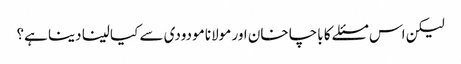
لیکن اس مسئلے کا باچا خان اور مولانا مودودی سے کیا لینا دینا ہے؟